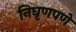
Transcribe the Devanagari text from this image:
निघृणपणे